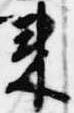
来